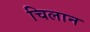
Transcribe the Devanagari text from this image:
चिलान